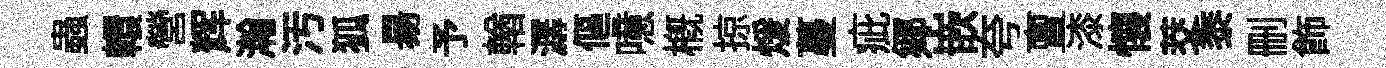
蟲轘營辉瀚汚狐昜予輶潺傴噫概掠煖蔓疵鄊嵌夸亶漆懐茭黍删飾